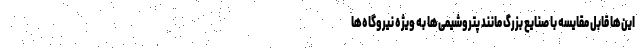
این‌ها قابل مقایسه‌ با صنایع بزرگ مانند پتروشیمی‌ها به ویژه نیروگاه‌ها